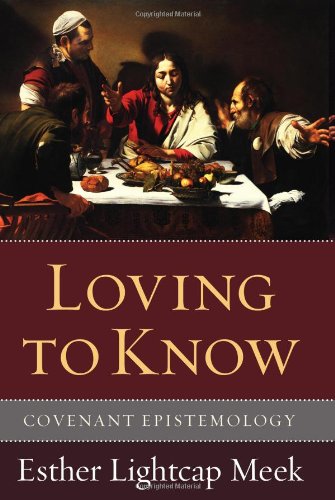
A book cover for Loving to Know: Covenant Epistemology; Esther Lightcap Meek; Politics & Social Sciences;